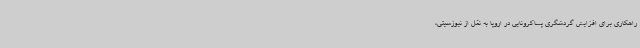
راهکاری برای افزایش گردشگری پساکرونایی در اروپا به نقل از نیوزسیتی،